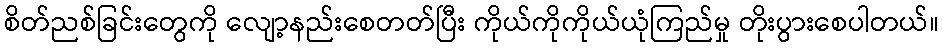
စိတ်ညစ်ခြင်းတွေကို လျော့နည်းစေတတ်ပြီး ကိုယ်ကိုကိုယ်ယုံကြည်မှု တိုးပွားစေပါတယ်။